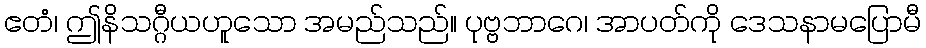
ဧတံ၊ ဤနိသဂ္ဂီယဟူသော အမည်သည်။ ပုဗ္ဗဘာဂေ၊ အာပတ်ကို ဒေသနာမပြောမီ